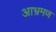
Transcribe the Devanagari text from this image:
आभ्रमण